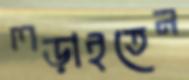
লড়াইতেন